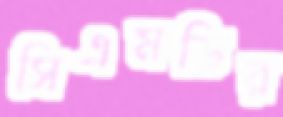
সিএমডির